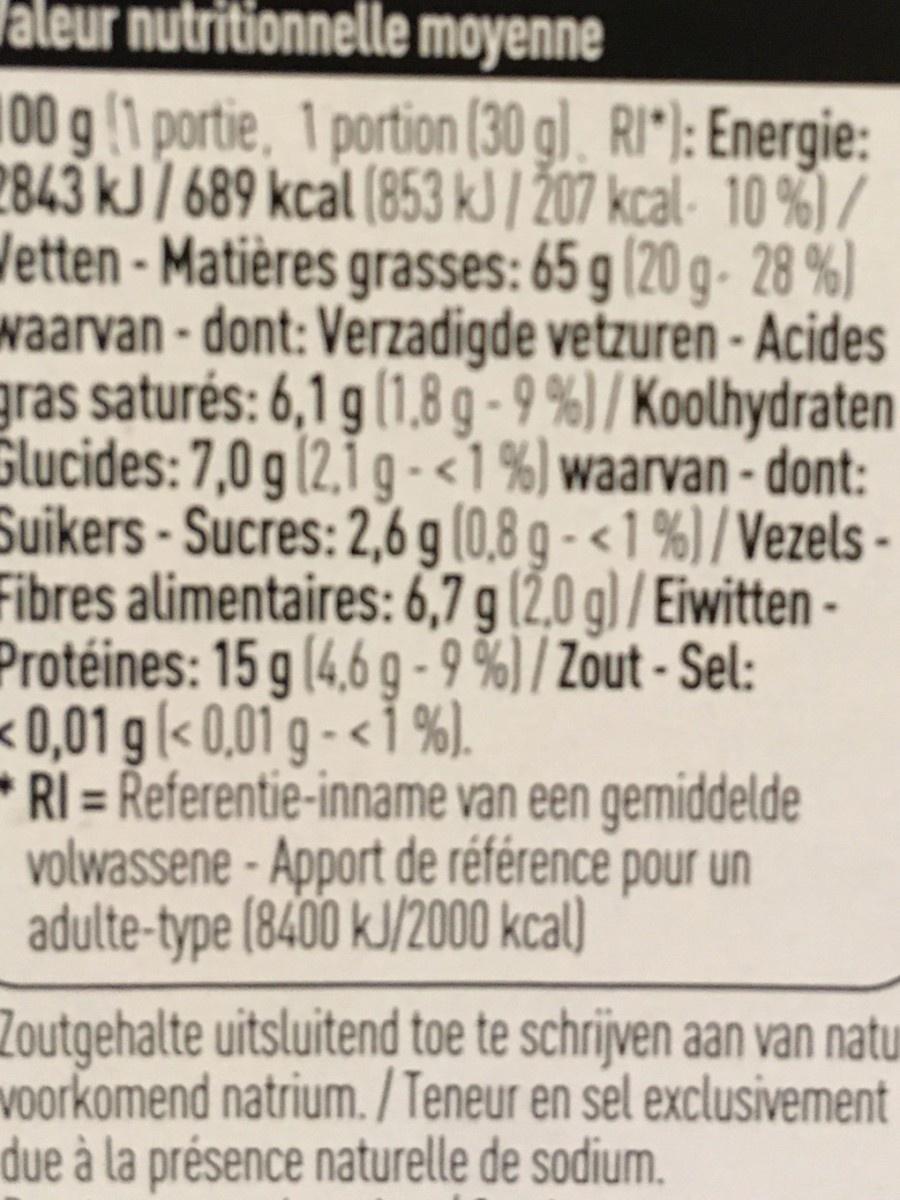
aleur nutritionnelle moyenne
100 g (1 portie, 1 portion (30 g). RI"): Energie: 2843 kJ/ 689 kcal (853 kJ/ 207 kcal- 10 %) / Vetten - Matières grasses: 65 g (20 g- 28 %) waarvan - dont: Verzadigde vetzuren - Acides gras saturés: 6,1 g (1,8 g - 9 %)/ Koolhydraten Slucides: 7,0 g (2,1 g -<1%) waarvan - dont: Suikers-Sucres: 2,6 g (0,8 g - < 1 %) / Vezels - Fibres alimentaires: 6,7 g (Ž,0 g) / Eiwitten - Protéines: 15 g (4,6 g - 9 %)/ Zout - Sel: <0,01 g(< 0,01 g - < i %). RI = Referentie-inname van een gemiddelde volwassene - Apport de référence pour un adulte-type (8400 kJ/2000 kcal)
Zoutgehalte uitsluitend toe te schrijven aan van natu voorkomend natrium. /Teneur en sel exclusivement due à la présence naturelle de sodium.